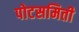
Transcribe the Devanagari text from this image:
पोटसमिती